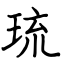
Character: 琉